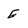
Character: E